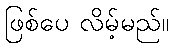
ဖြစ်ပေ လိမ့်မည်။